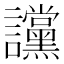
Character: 讜